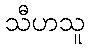
သီဟသူ